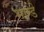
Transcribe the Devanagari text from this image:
भान्डे